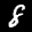
Label: 8